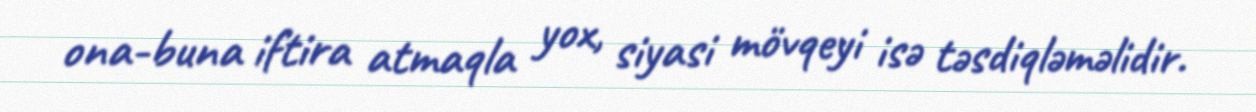
ona-buna iftira atmaqla yox, siyasi mövqeyi isə təsdiqləməlidir.